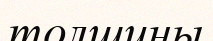
толщины